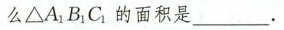
么△A_{1}B_{1}C_{1}的面积是___.